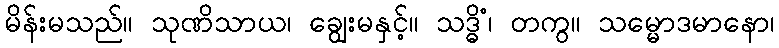
မိန်းမသည်။ သုဏိသာယ၊ ချွေးမနှင့်။ သဒ္ဓိံ၊ တကွ။ သမ္မောဒမာနော၊